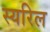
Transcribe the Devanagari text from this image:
स्यरिल